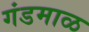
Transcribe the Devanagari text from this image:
गंडमाळ